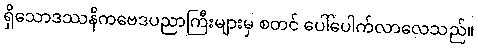
ရှိသောဒဿနိကဗေဒပညာကြီးများမှ စတင် ပေါ်ပေါက်လာလေသည်။